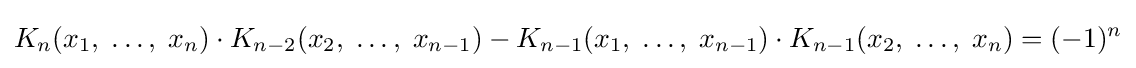
K_{n}(x_{1},\;\ldots ,\;x_{n})\cdot K_{n-2}(x_{2},\;\ldots ,\;x_{n-1})-K_{n-1}(x_{1},\;\ldots ,\;x_{n-1})\cdot K_{n-1}(x_{2},\;\ldots ,\;x_{n})=(-1)^{n}